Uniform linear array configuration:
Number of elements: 4
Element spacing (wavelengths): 0.25
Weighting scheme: exponential
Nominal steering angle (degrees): -15
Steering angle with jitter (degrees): -15.861
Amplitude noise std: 0.05
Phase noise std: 0.05

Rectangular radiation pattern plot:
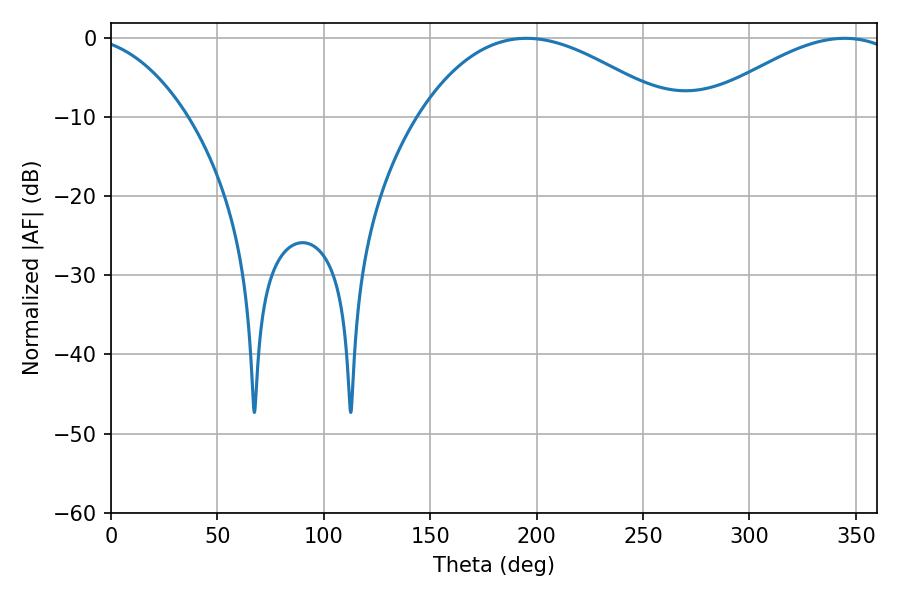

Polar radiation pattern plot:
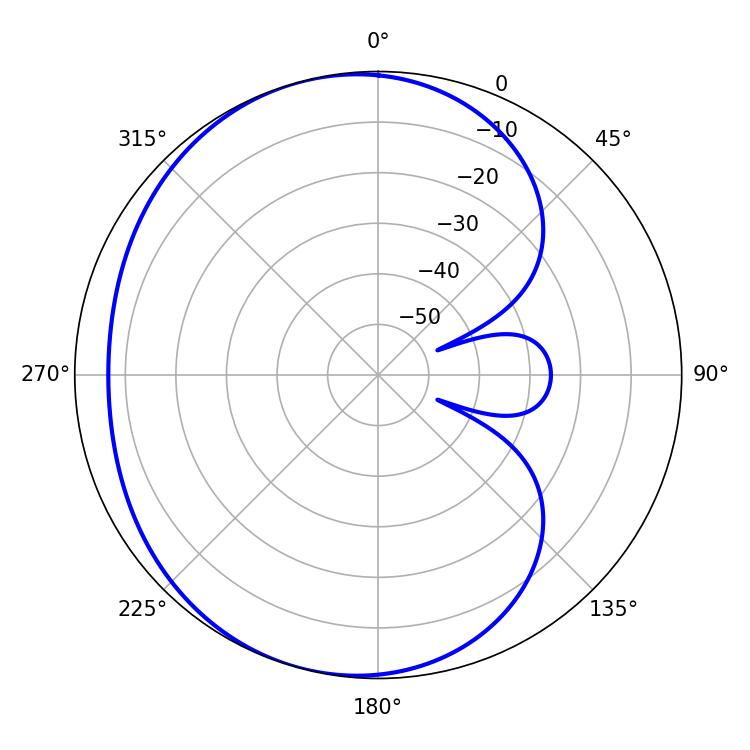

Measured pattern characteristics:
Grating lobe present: FALSE
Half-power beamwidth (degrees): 65.16
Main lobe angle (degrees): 195.3